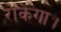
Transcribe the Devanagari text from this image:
रोकेगा।